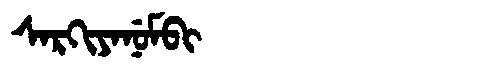
Manchu: ᠰᠠᡵᡴᡳᠶᠠᠨᡠᠮᠪᡳ
Romanization: SARKIYANUMBI